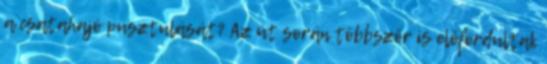
a csatahajó pusztulását? Az út során többször is előfordultak